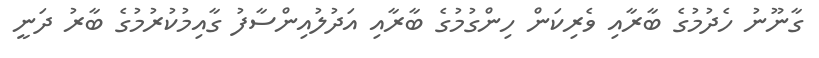
ގާނޫނު ހެދުމުގެ ބާރާއި ވެރިކަން ހިންގުމުގެ ބާރާއި އަދުލުއިންސާފު ގާއިމުކުރުމުގެ ބާރު ދަނީ